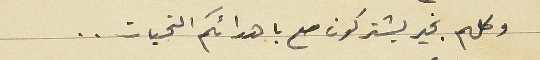
وكلهم بخير يشتركون مع باهدائكم التحيات..